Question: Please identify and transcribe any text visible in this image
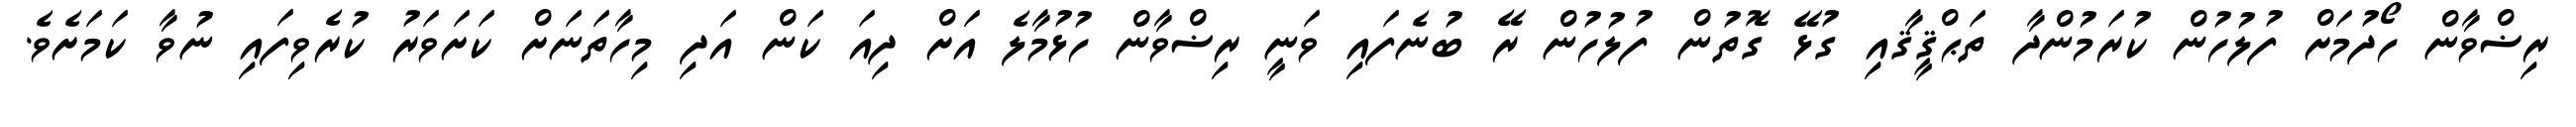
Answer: ރިޟްވާން ހޯދުމަށް ފުލުހުން ކުރަމުންދާ ތަޙްޤީޤާއި ގުޅޭ ގޮތުން ފުލުހުން ރޭ ބުނެފައި ވަނީ ރިޟްވާން ހުޅުމާލެ އަށް ދިއަ ކަން އަދި މިހާތަނަށް ކަށަވަރު ކުރެވިފައި ނުވާ ކަމަށެވެ.